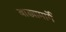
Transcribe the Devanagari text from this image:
वाड्यामार्गे